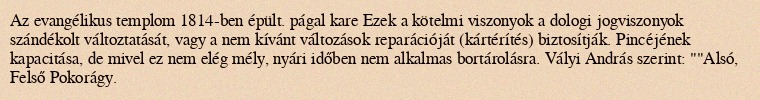
Az evangélikus templom 1814-ben épült. págal kare Ezek a kötelmi viszonyok a dologi jogviszonyok szándékolt változtatását, vagy a nem kívánt változások reparációját (kártérítés) biztosítják. Pincéjének kapacitása, de mivel ez nem elég mély, nyári időben nem alkalmas bortárolásra. Vályi András szerint: ""Alsó, Felső Pokorágy.